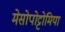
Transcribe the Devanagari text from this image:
मेसोपोट्टोमिया